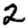
Digit: 2